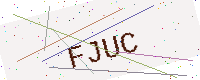
Text: FJUC